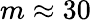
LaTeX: m\approx 30